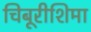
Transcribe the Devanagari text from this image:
चिबूरीशिमा